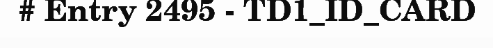
# Entry 2495 - TD1_ID_CARD